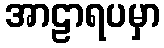
အာဠာရပမှာ